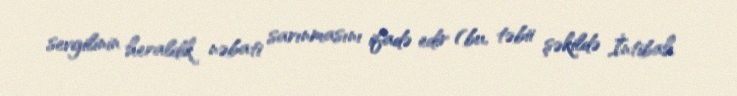
sevgilinin heraldik nəbati sarınmasını ifadə edir (bu, təbii şəkildə İntibah